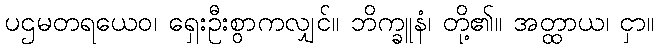
ပဌမတရယေဝ၊ ရှေးဦးစွာကလျှင်။ ဘိက္ခူနံ၊ တို့၏။ အတ္ထာယ၊ ငှာ။